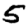
Digit: 5